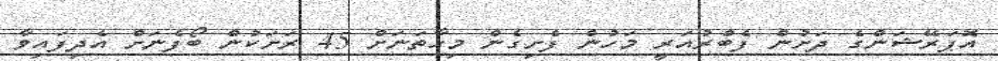
އޮޕަރޭޝަންގެ ދަށުން ފެބްރުއަރީ މަހުން ފެށިގެން މިހާތަނަށް 45 ރަށަކުން ބޯފެނަށް އެދިފައިވާ